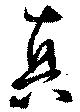
真